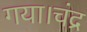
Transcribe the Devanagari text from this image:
गया।चंद्र